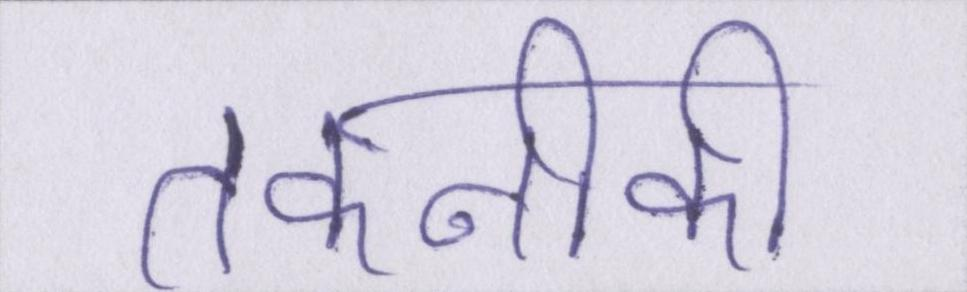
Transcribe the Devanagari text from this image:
तकनीकी